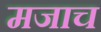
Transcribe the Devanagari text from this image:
मजाच